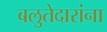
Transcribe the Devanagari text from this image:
बलुतेदारांना